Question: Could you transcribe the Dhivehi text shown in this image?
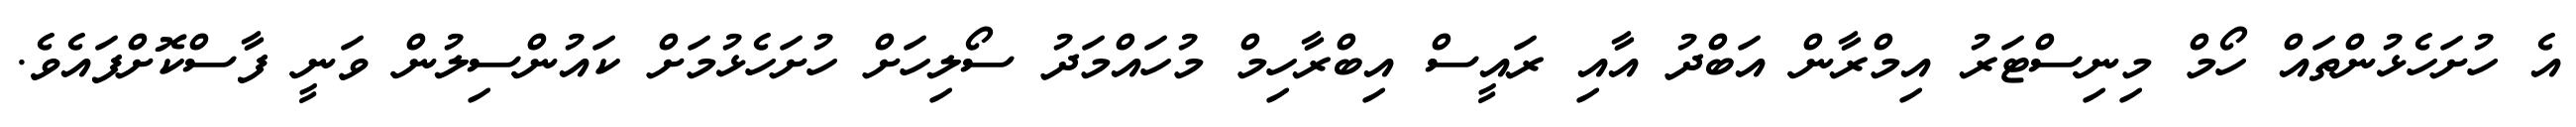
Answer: އެ ހުށަހެޅުންތައް ހޯމް މިނިސްޓަރު އިމްރާން އަބްދު އާއި ރައީސް އިބްރާހިމް މުހައްމަދު ސޯލިހަށް ހުށަހެޅުމަށް ކައުންސިލުން ވަނީ ފާސްކޮށްފައެވެ.